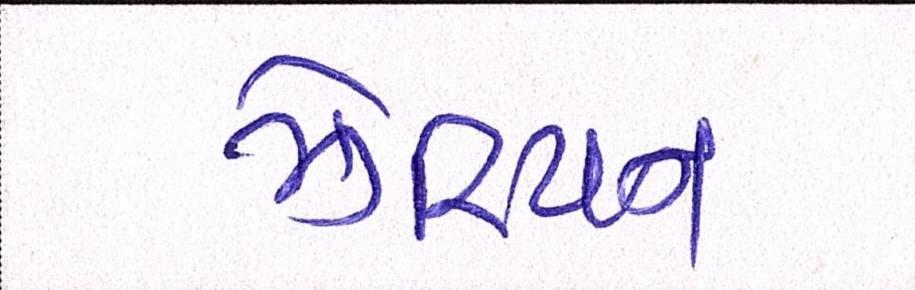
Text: ઝેરિયન